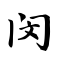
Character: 闵